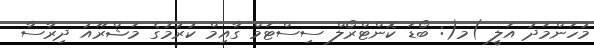
މުހަންމަދު އަލީ )މ(: ބޯޑަ ކޮންޓްރޯލް ސިސްޓަމް ގާއިމް ކުރުމުގެ މަޝްރޫއު ދިރާސާ